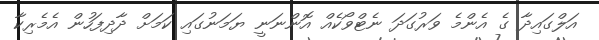
އަލްގައިދާ ގެ އެންމެ ވަރުގަދަ ނެޓްވޯކެއް އޮންނަނީ ޔަމަނުގައި ކަމަށް ދާދިފަހުން އެމެރިކާ